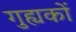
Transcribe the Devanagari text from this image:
गुह्यकों